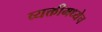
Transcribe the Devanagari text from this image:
व्यक्तीमध्येच